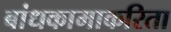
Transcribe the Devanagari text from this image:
बांधकामाकरिता